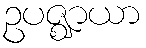
ဥပဇ္ဈာယာ